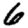
Digit: 6